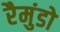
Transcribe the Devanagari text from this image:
रैमुंडो